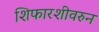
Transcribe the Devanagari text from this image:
शिफारशीवरुन